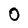
Character: 0